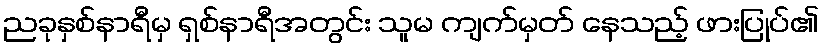
ညခုနှစ်နာရီမှ ရှစ်နာရီအတွင်း သူမ ကျက်မှတ် နေသည့် ဖားပြုပ်၏